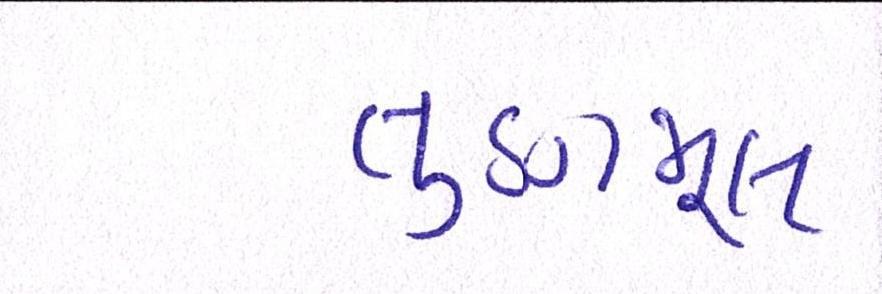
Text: તૃણમૂલ